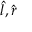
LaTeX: { \hat { l } } , { \hat { r } }